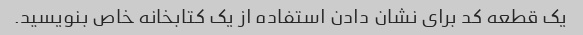
یک قطعه کد برای نشان دادن استفاده از یک کتابخانه خاص بنویسید.